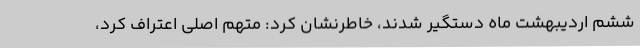
ششم اردیبهشت ماه دستگیر شدند، خاطرنشان کرد: متهم اصلی اعتراف کرد،